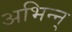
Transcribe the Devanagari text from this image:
अभिन्न्